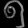
Digit: ၅